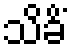
သိခိံ